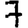
Digit: 7